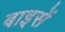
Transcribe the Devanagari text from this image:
बाइसें